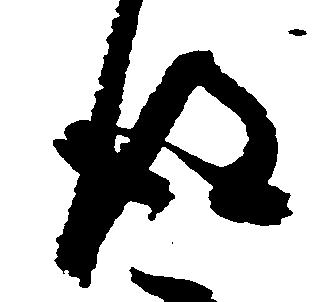
得